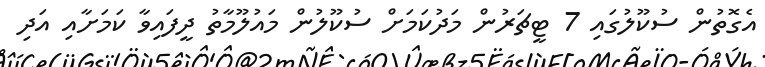
އެގޮތުން ސުކޫލުގައި 7 ޓީޗަރުން މަދުކަމަށް ސުކޫލުން މައުލޫމާތު ދީފައިވާ ކަމަށާއި އަދި